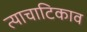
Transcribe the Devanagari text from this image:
त्याचाटिकाव